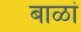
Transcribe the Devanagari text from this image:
बाळां